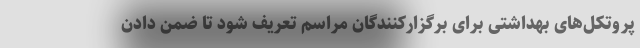
پروتکل‌های بهداشتی برای برگزارکنندگان مراسم تعریف شود تا ضمن دادن